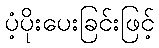
ပံ့ပိုးပေးခြင်းဖြင့်